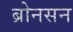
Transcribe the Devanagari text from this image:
ब्रोनसन